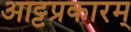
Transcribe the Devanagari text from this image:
आट्टप्रकारम्